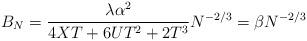
LaTeX: \begin{align*} B_N = \frac {\lambda\alpha^2 } {4XT + 6UT^2 + 2T^3} N^{-2/3} = \beta N^{-2/3} \end{align*}